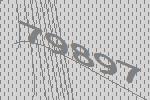
79897